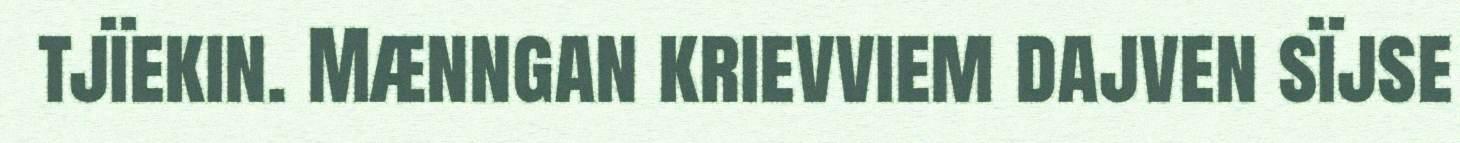
tjïekin. Mænngan krievviem dajven sïjse